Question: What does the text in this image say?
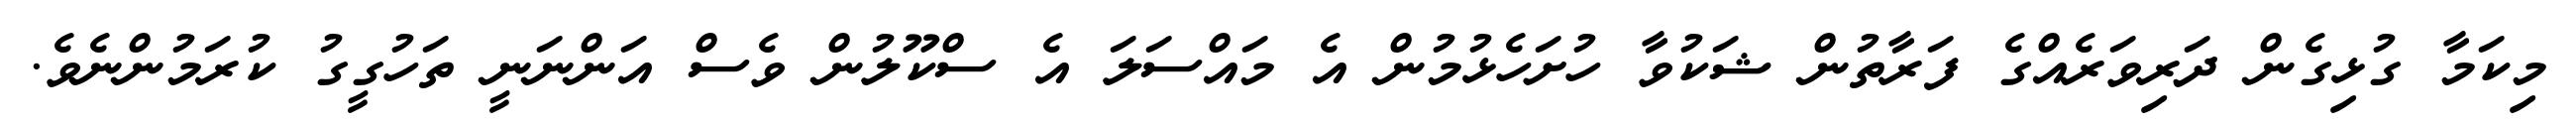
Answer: މިކަމާ ގުޅިގެން ދަރިވަރެއްގެ ފަރާތުން ޝަކުވާ ހުށަހެޅުމުން އެ މައްސަލަ އެ ސްކޫލުން ވެސް އަންނަނީ ތަހުގީގު ކުރަމުންނެވެ.